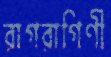
রাগরাগিণী